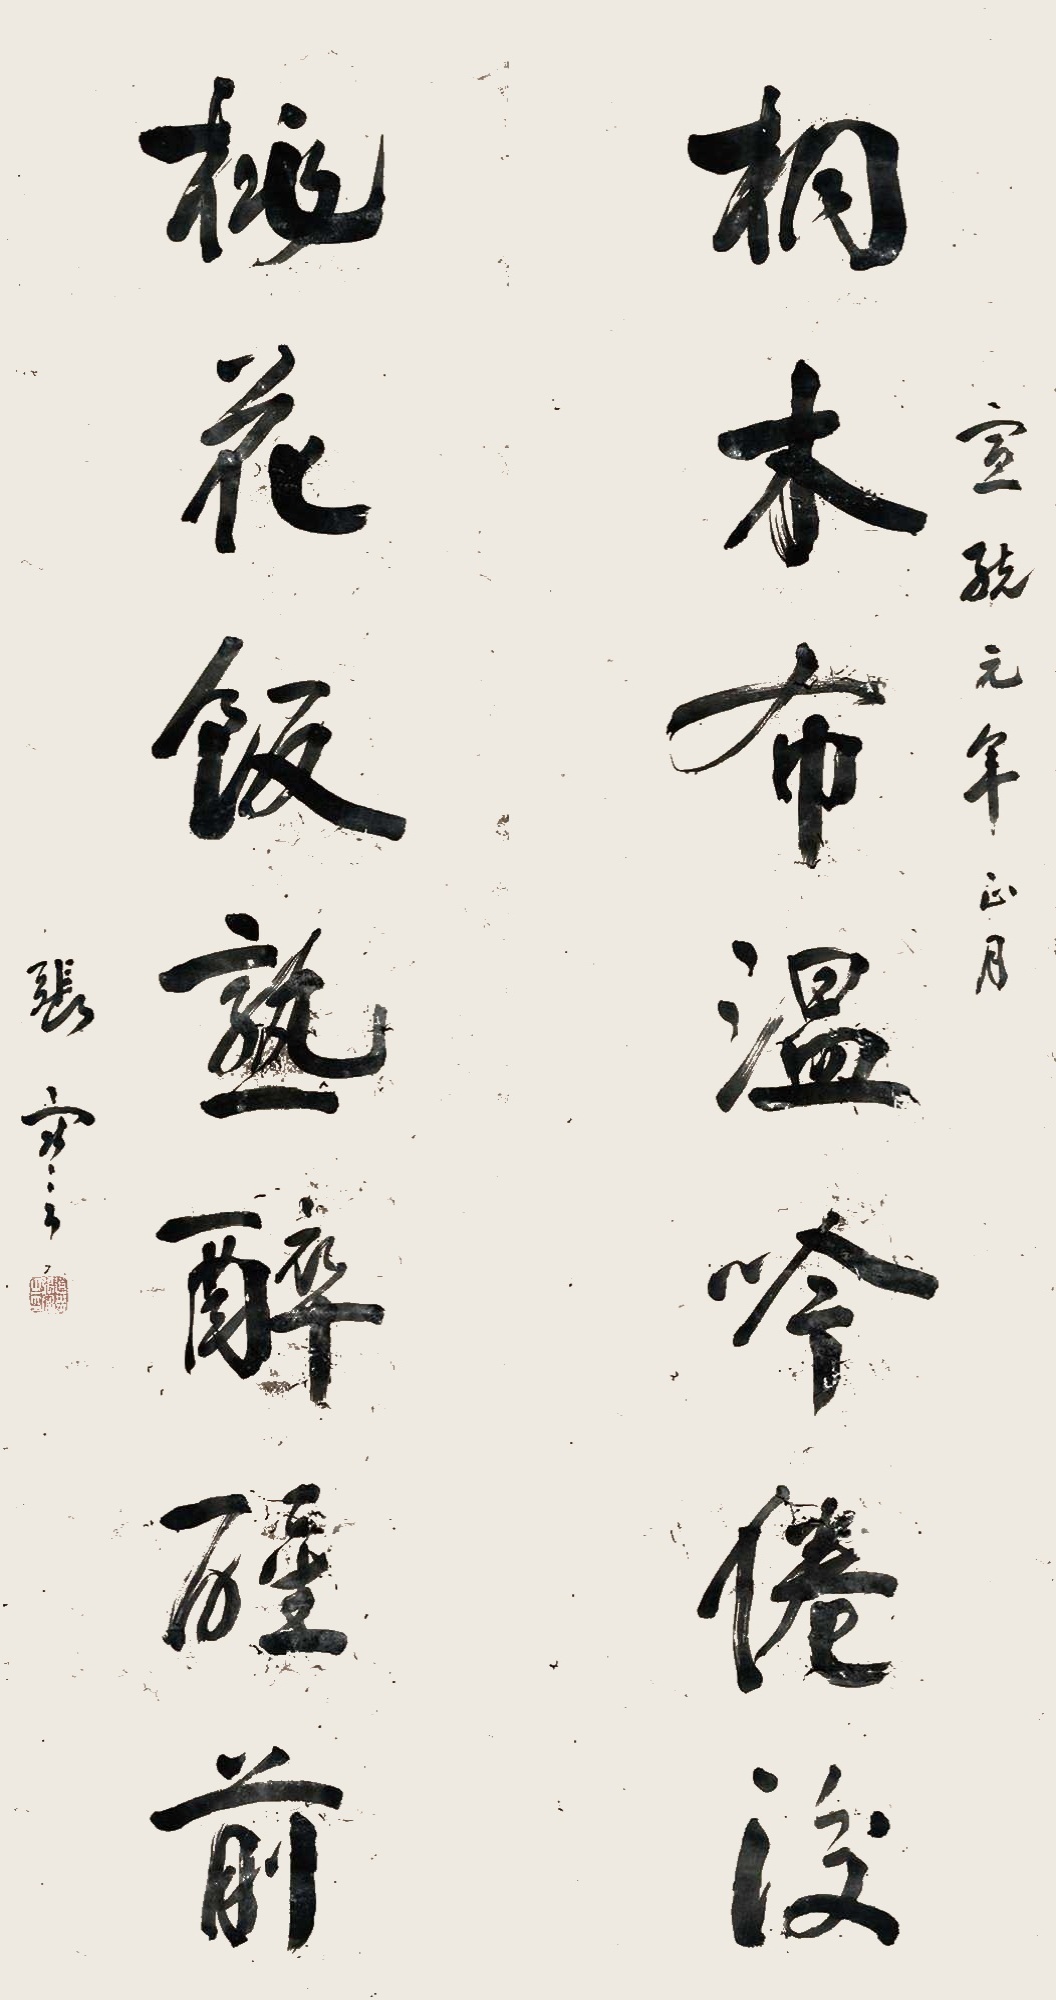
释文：桐木布温吟倦后，桃花饭熟醉醒前。宣统元年正月，张謇。